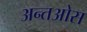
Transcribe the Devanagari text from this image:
अन्तओस